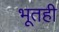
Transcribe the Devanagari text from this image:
भूतही